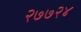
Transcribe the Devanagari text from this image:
२७७२४